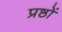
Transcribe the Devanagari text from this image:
प्रष्ठों